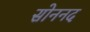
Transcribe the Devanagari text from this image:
सोननद